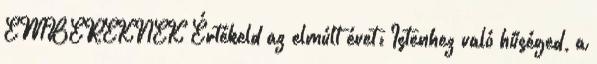
EMBEREKNEK Értékeld az elmúlt évet: Istenhez való hűséged, a